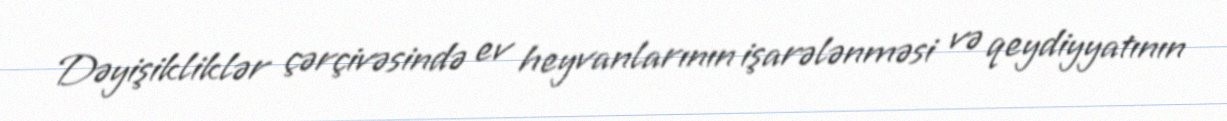
Dəyişikliklər çərçivəsində ev heyvanlarının işarələnməsi və qeydiyyatının